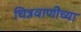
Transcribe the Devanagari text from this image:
चित्रवाणीच्या